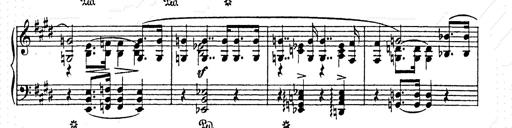
Title: AnnÃ©es de pÃ¨lerinage II
Composer: Franz Liszt